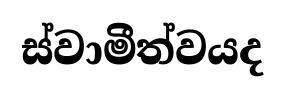
ස්වාමීත්වයද